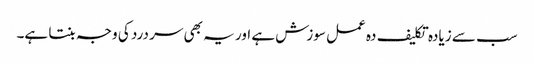
سب سے زیادہ تکلیف دہ عمل سوزش ہے اور یہ بھی سر درد کی وجہ بنتا ہے۔